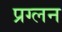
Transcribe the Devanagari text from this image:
प्रग्लन